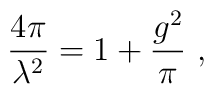
\frac{4\pi }{\lambda ^{2}}=1+\frac{g^{2}}{\pi }\ ,